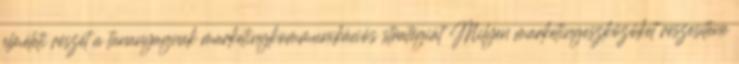
elméleti részét a tananyagnak marketingkommunikációs stratégiát Milyen marketingeszközöket részesítene